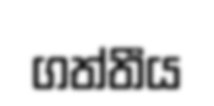
ගත්තීය